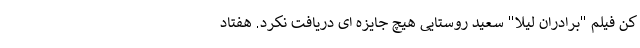
کن فیلم "برادران لیلا" سعید روستایی هیچ جایزه ای دریافت نکرد. هفتاد